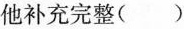
他补充完整()